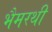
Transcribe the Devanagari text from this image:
भैमरथी